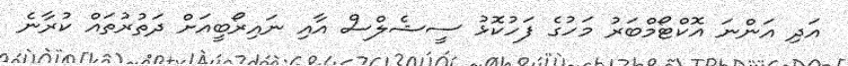
އަދި އަންނަ އޮކްޓޯމްބަރު މަހުގެ ފަހުކޮޅު ސީޝެލްސް އާއި ނައިރޯބީއަށް ދަތުރުތައް ކުރާނެ